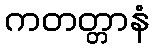
ကတတ္တာနံ